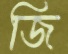
জি